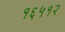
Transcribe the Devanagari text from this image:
१६५१२